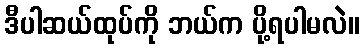
ဒီပါဆယ်ထုပ်ကို ဘယ်က ပို့ရပါမလဲ။